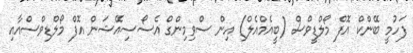
ފަހުމީ ބޭންކް އޮފް މޯލްޑީވްސް (ބީއެމްއެލް) އިން ސްވިމިންގް އެސޯސިއޭޝަން އޮފް މޯލްޑިވްސްއާއި